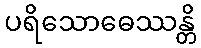
ပရိသောဓေဿန္တိ